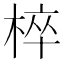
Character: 椊